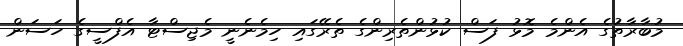
މުބާރާތުގެ އެންމެ މޮޅު ފަސް ކުޅުންތެރިންގެ ތެރޭގައި ހިމެނެނީ މެޖިސްޓާ އެފްސީގެ ހަސަން